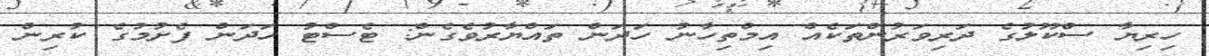
ހިރިޔާ ސްކޫލުގެ ދަރިވަރުންތަކެއް އިމްތިހާނު ހަދަން ތައްޔާރުވެގެން: ޓެސްޓު ހަދަން ފެށުމުގެ ކުރިން